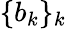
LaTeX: \{ b_{k}\} _{k}